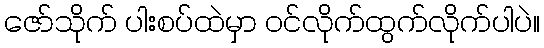
ဇော်သိုက် ပါးစပ်ထဲမှာ ဝင်လိုက်ထွက်လိုက်ပါပဲ။